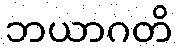
ဘယာဂတိ